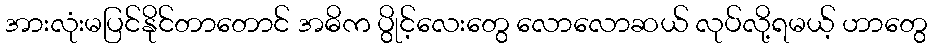
အားလုံးမပြင်နိုင်တာတောင် အဓိက ပွိုင့်လေးတွေ လောလောဆယ် လုပ်လို့ရမယ့် ဟာတွေ